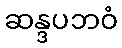
ဆန္ဒပဘဝံ